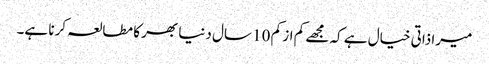
میرا ذاتی خیال ہے کہ مجھے کم از کم 10 سال دنیا بھر کا مطالعہ کرنا ہے۔